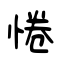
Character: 惓